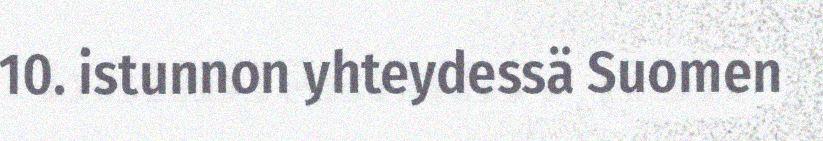
10. istunnon yhteydessä Suomen